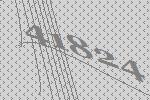
41824